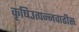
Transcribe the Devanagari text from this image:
कृषिउत्पन्नवाढीस